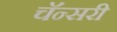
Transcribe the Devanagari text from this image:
चॅन्सरी